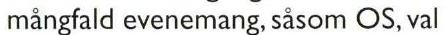
mångfald evenemang, såsom OS, val